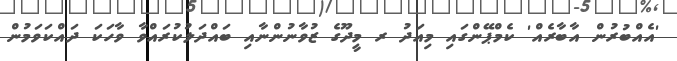
'އެއްބުރުން އާބާރެއް' ކެމްޕޭންގައި މިއަދު ރ މީދޫގެ ޒުވާނުންނާއި ބައްދަލުކުރައްވާ ވާހަކަ ދައްކަވަމުން